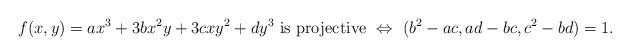
\begin{align*}f(x,y)=ax^3+3bx^2y+3cxy^2+dy^3 \mbox{ is {projective} } \Leftrightarrow~(b^2-ac,ad-bc,c^2-bd)=1.\end{align*}